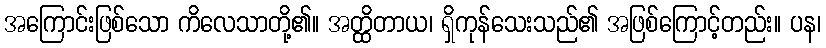
အကြောင်းဖြစ်သော ကိလေသာတို့၏။ အတ္ထိတာယ၊ ရှိကုန်သေးသည်၏ အဖြစ်ကြောင့်တည်း။ ပန၊